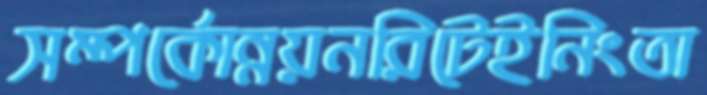
সম্পর্কোন্নয়নরিটেইনিংতা